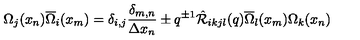
\Omega _ { j } ( x _ { n } ) \overline { { \Omega } } _ { i } ( x _ { m } ) = \delta _ { i , j } \frac { \delta _ { m , n } } { \Delta x _ { n } } \pm q ^ { \pm 1 } \hat { { \cal R } } _ { i k j l } ( q ) \overline { { \Omega } } _ { l } ( x _ { m } ) \Omega _ { k } ( x _ { n } )